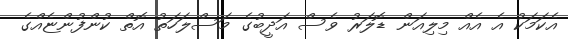
އެކަމަކު އެ އެއް މިލިއަން ޑޮލަރު ވެސް އަދީބުގެ މަސްލަހަތު އޮތް ކުންފުންޏެއްގެ